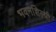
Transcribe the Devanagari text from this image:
भवनशिल्पी